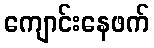
ကျောင်းနေဖက်